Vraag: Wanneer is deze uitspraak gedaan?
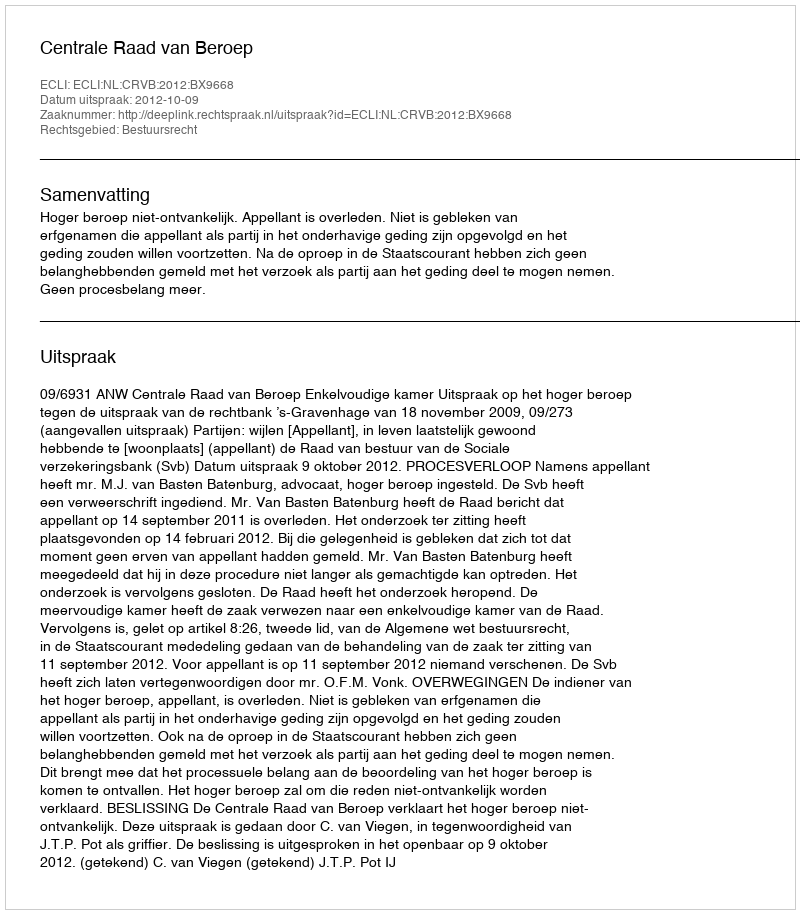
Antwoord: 2012-10-09